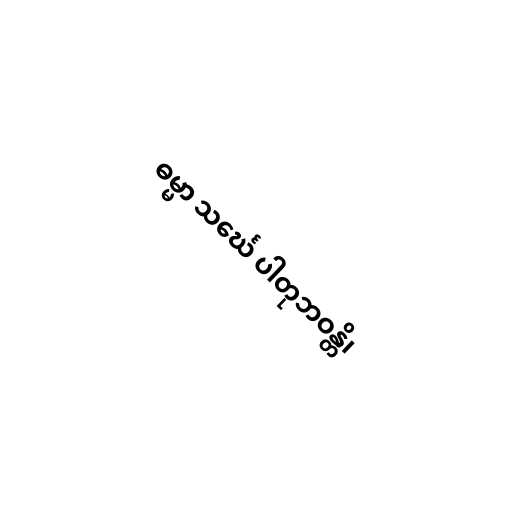
ဓမ္မာ သင်္ဃေ ပါတုဘဝန္တိ၊